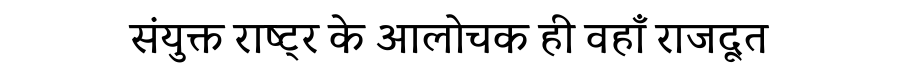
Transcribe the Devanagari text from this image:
संयुक्त राष्ट्र के आलोचक ही वहाँ राजदूत